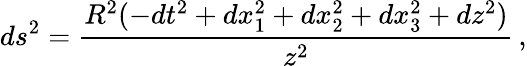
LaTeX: ds^{2}={\frac{R^{2}(-dt^{2}+dx_{1}^{2}+dx_{2}^{2}+dx_{3}^{2}+dz^{2})}{z^{2}}}\, ,